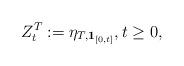
LaTeX: \begin{align*}Z_t^T:=\eta_{T,\mathbf{1}_{[0,t]}},t \geq 0,\end{align*}